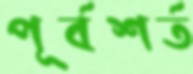
পূর্বশর্ত